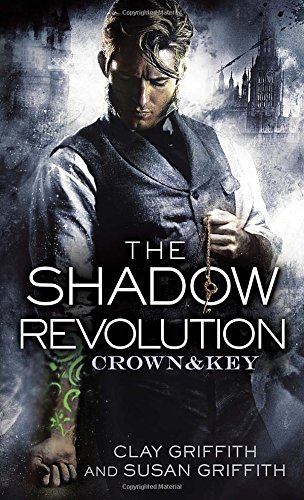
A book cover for The Shadow Revolution: Crown & Key; Clay Griffith; Science Fiction & Fantasy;